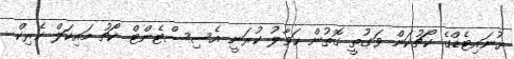
ޔުނައިޓެޑްގެ ކޯޗުކަން ވަގުތީ ގޮތުން ހަވާލު ކުރަނީ އެސިސްޓެންޓް ކޯޗު މައިކަލް ކެރިކް